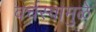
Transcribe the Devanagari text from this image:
वर्चस्वामुळे